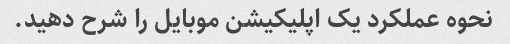
نحوه عملکرد یک اپلیکیشن موبایل را شرح دهید.